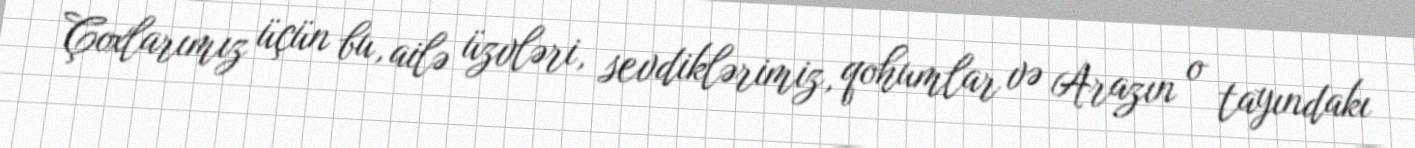
Çoxlarımız üçün bu, ailə üzvləri, sevdiklərimiz, qohumlar və Arazın o tayındakı